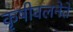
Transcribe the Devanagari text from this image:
कृषीवलनेते